Indian journal of veterinary science and animal husbandry - Volumes 24-25, 1954-1955
Year: 1954
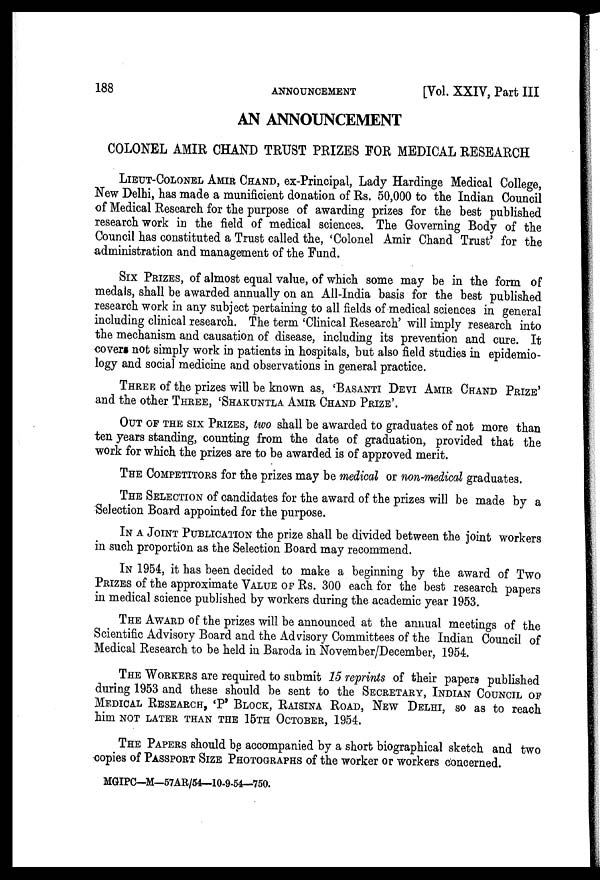
188
ANNOUNCEMENT
[Vol. XXIV, Part III
AN ANNOUNCEMENT
COLONEL AMIR CHAND TRUST PRIZES FOR MEDICAL RESEARCH
LIEUT-COLONEL AMIR CHAND, ex-Principal, Lady Hardinge Medical College,
New Delhi, has made a munificient donation of Rs. 50,000 to the Indian Council
of Medical Research for the purpose of awarding prizes for the best published
research work in the field of medical sciences. The Governing Body of the
Council has constituted a Trust called the, 'Colonel Amir Chand Trust' for the
administration and management of the Fund.
SIX PRIZES, of almost equal value, of which some may be in the form of
medals, shall be awarded annually on an All-India basis for the best published
research work in any subject pertaining to all fields of medical sciences in general
including clinical research. The term 'Clinical Research' will imply research into
the mechanism and causation of disease, including its prevention and cure. It
covers not simply work in patients in hospitals, but also field studies in epidemio-
logy and social medicine and observations in general practice.
THREE of the prizes will be known as, 'BASANTI DEVI AMIR CH
and the other THREE, 'SHAKUNTALA AMIR CHAND PRIZE'.
OUT OF THE SIX PRIZES, two shall be awarded to graduates of not more than
ten years standing, counting from the date of graduation, provided that the
work for which the prizes are to be awarded is of approved merit.
THE COMPETITORS for the prizes may be medical or non-medical graduates.
THE SELECTION of candidates for the award of the prizes will be made by a
Selection Board appointed for the purpose.
IN THE JOINT PUBLICATION the prize shall be divided between the joint workers
in such proportion as the Selection Board may recommend.
IN 1954, it has been decided to make a beginning by the award of Two
PRIZES of the approximate VALUE OF Rs. 300 each for the best research papers
in medical science published by workers during the academic year 1953.
THE AWARD of the prizes will be announced at the annual meetings of the
Scientific Advisory Board and the Advisory Committees of the Indian Council of
Medical Research to be held in Baroda in November/December, 1954.
THE WORKERS are required to submit 15 reprints of their papers published
during 1953 and these should be sent to the SECRETARY, INDIAN COUNCIL OF
MEDICAL RESEARCH, 'P' BLOCK, RAISINA ROAD, NEW DELHI, so as to reach
him NOT LATER THAN THE 15TH OCTOBER, 1954.
THE PAPERS should be accompanied by a short biographical sketch and two
copies of PASSPORT SIZE PHOTOGRAPHS of the worker or workers concerned.
MGIPC—M—57AR/54—10-9-54—750.